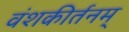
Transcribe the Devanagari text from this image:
वंशकीर्तनम्